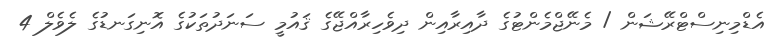
އެޑްމިނިސްޓްރޭޝަން / މެނޭޖްމެންޓުގެ ދާއިރާއިން ދިވެހިރާއްޖޭގެ ޤައުމީ ސަނަދުތަކުގެ އޮނިގަނޑުގެ ލެވެލް 4